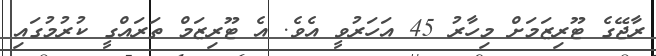
ރާޖޭގެ ޓޫރިޒަމަށް މިހާރު 45 އަހަރުވީ އެވެ. އެ ޓޫރިޒަމް ތަރައްގީ ކުރުމުގައި